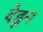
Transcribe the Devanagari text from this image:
देडून